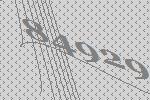
84929